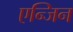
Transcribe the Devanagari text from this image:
एन्जिन